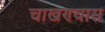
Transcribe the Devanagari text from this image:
चाखण्यास